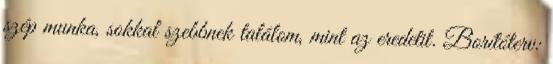
szép munka, sokkal szebbnek találom, mint az eredetit. Borítóterv: